Haapsalu_Metskond, lk 16
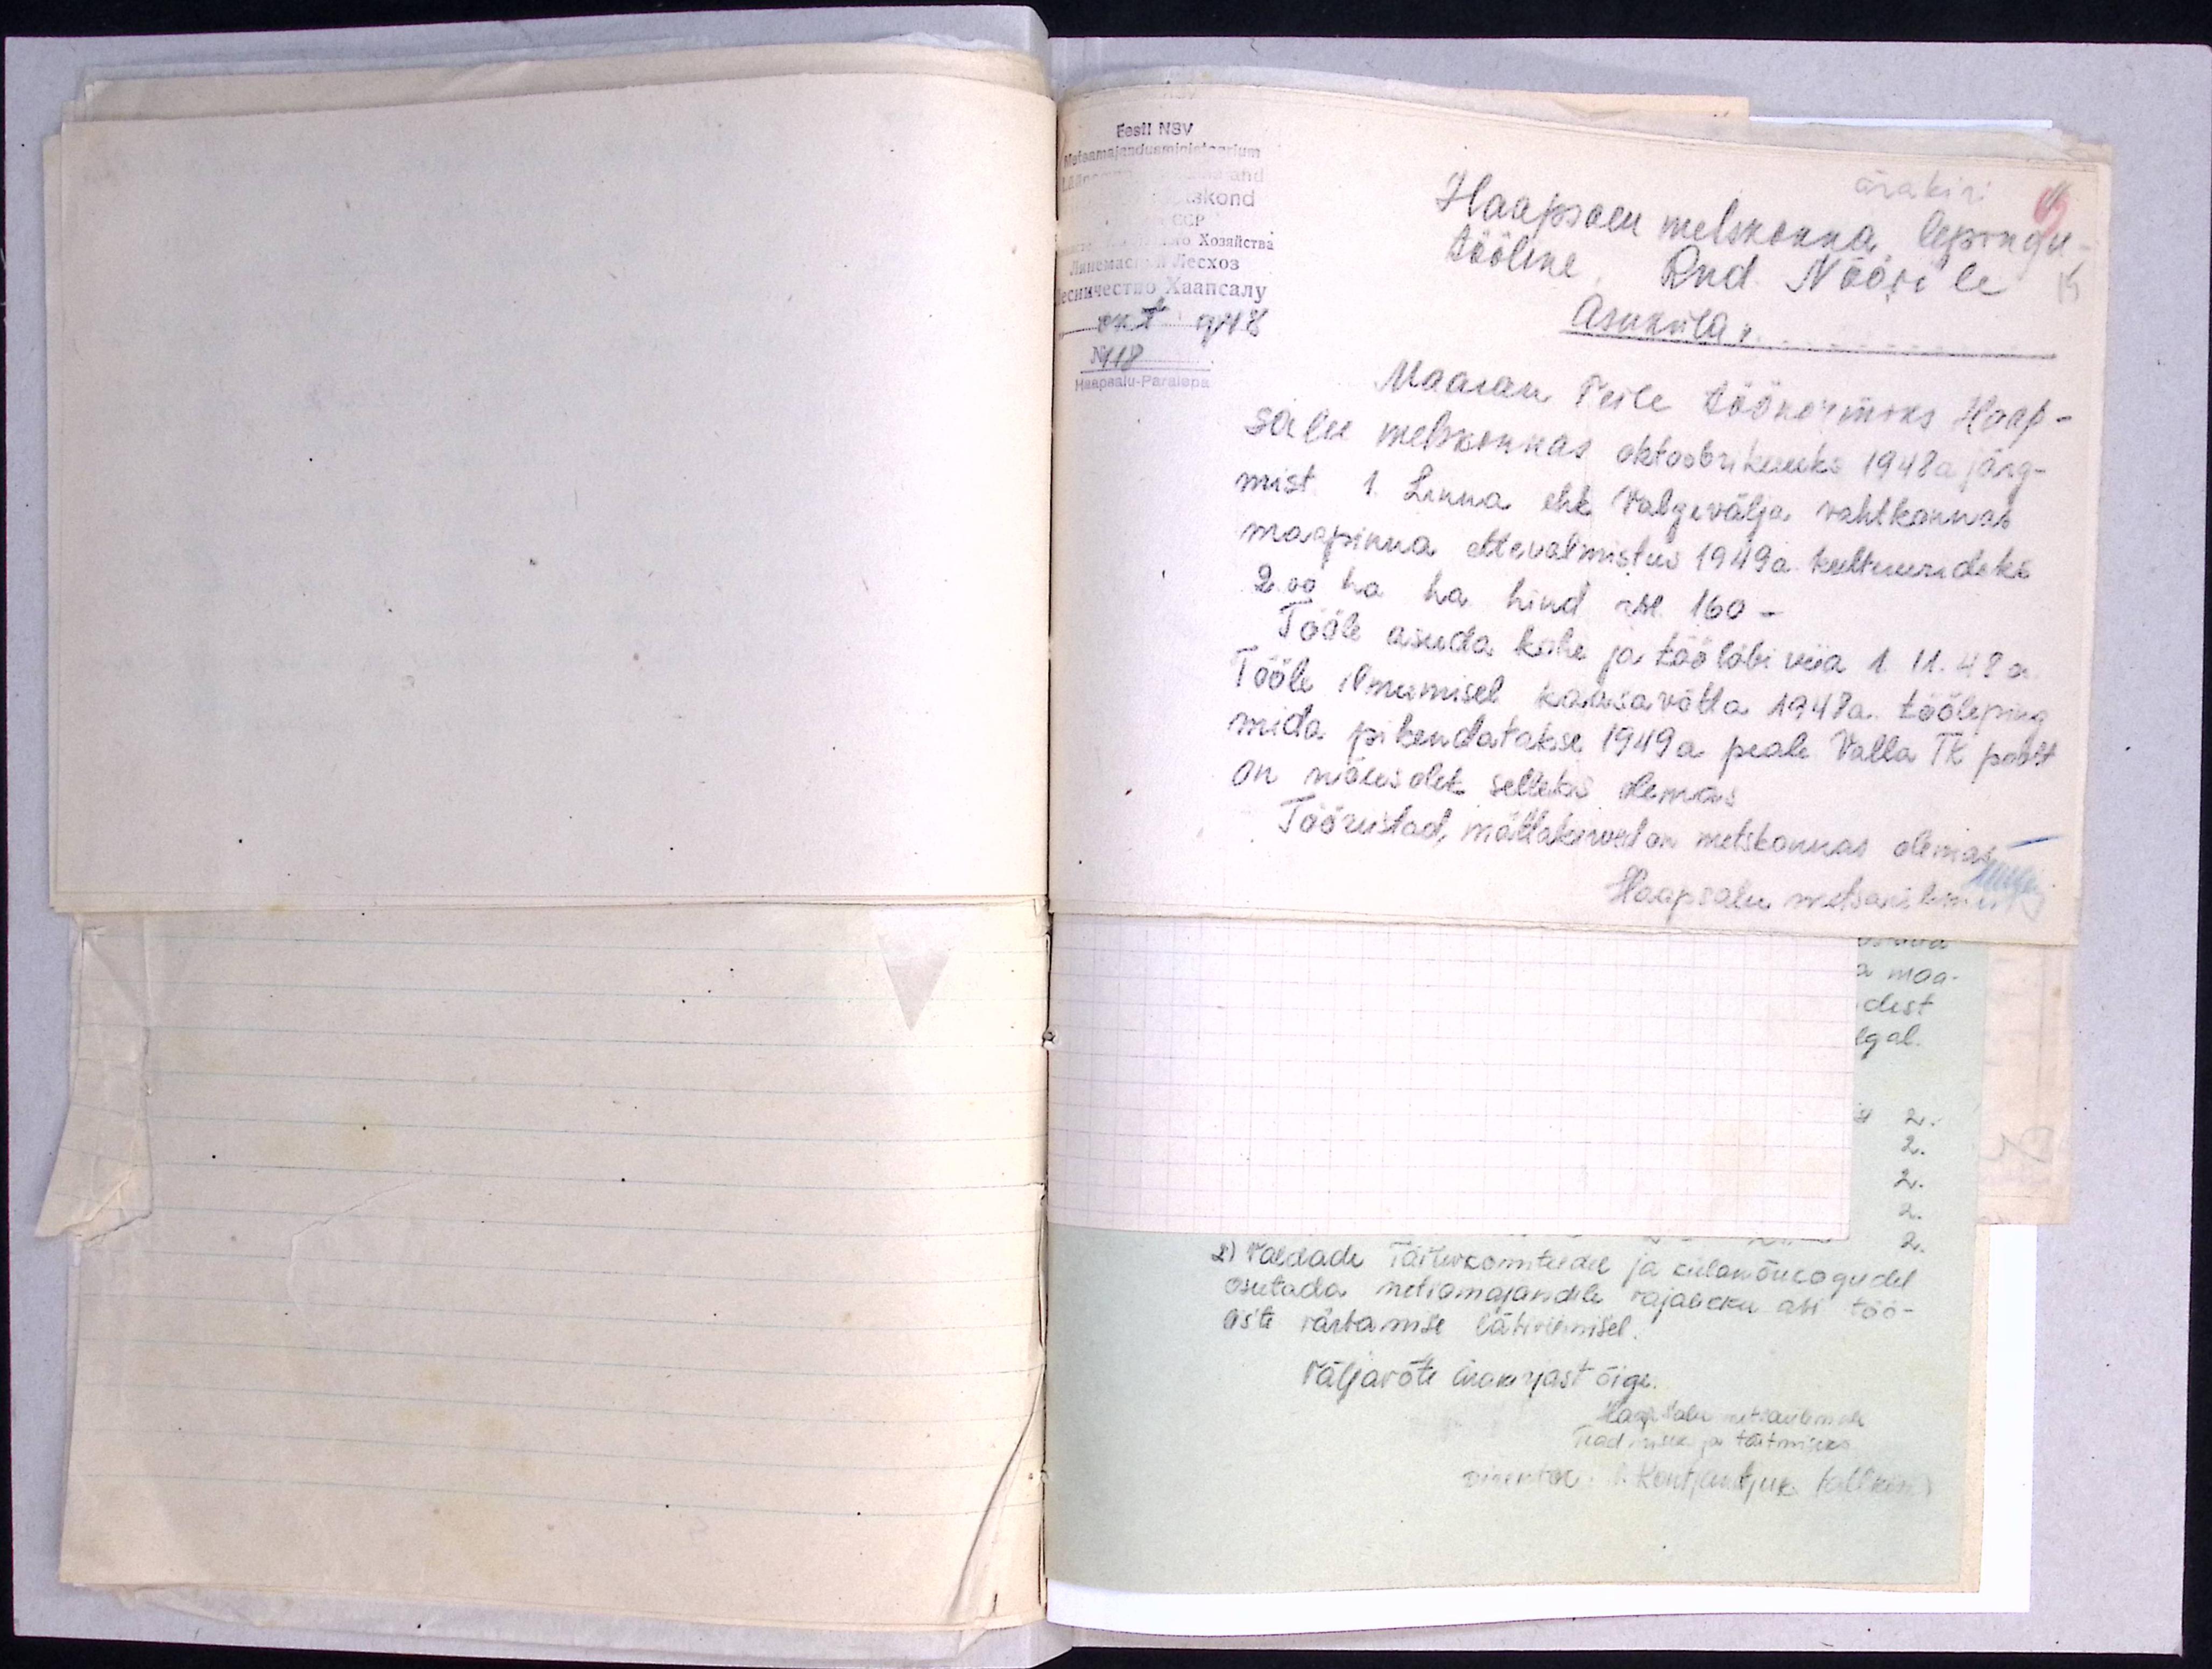
Eesti NSV
ärakiri
Haapsalu metskonna lepingu-
tööline Rud. Nöörile
15
Asuküla v.
okt. 1948
N118
Haapsalu-Paralepa
Maaran Teile töönormiks Haap-
salu metskonnas oktoobrikuuks 1948a järg-
mist 1. Linna ehk Valgevälja vahtkonnas
maapinna ettevalmistus 1949 a. kultuurideks
2.00 ha ha hind rbl. 160 -
Tööle asuda kohe ja töö läbi viia 1.11. 48 a.
Tööle ilmumisel kaasavõtta 1948 a. tööleping
mida pikendatakse 1949a peale. Valla TK poolt
on nõusolek selleks olemas
Tööriistad, mättakirved on metskonnas olemas
Haapsalu metsaülem